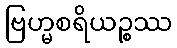
ဗြဟ္မစရိယဉ္စဿ